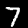
Digit: 7